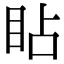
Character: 䀡